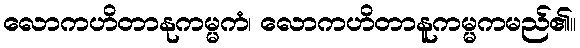
လောကဟိတာနုကမ္မကံ၊ လောကဟိတာနူကမ္မကမည်၏။